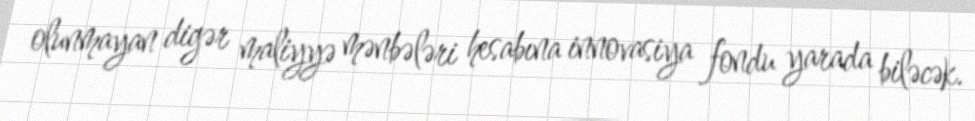
olunmayan digər maliyyə mənbələri hesabına innovasiya fondu yarada biləcək.